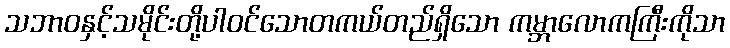
သဘာဝနှင့်သမိုင်းတို့ပါဝင်သောတကယ်တည်ရှိသော ကမ္ဘာလောကကြီးကိုသာ